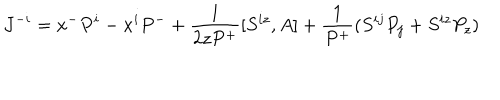
LaTeX: J ^ { - i } = x ^ { - } P ^ { i } - x ^ { i } P ^ { - } + \frac { 1 } { 2 z P ^ { + } } [ S ^ { i z } , A ] + \frac { 1 } { P ^ { + } } ( S ^ { i j } P _ { j } + S ^ { i z } P _ { z } )